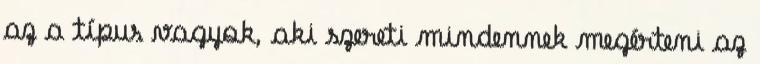
az a típus vagyok, aki szereti mindennek megérteni az